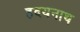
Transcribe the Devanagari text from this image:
हदयनाथ